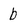
Character: b